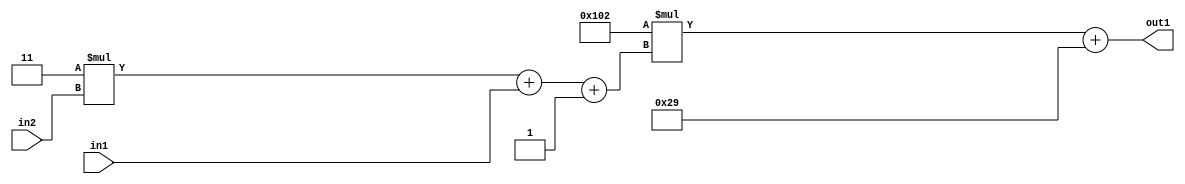
`timescale 1ps / 1ps
/*****************************************************************************
    Verilog RTL Description
    
    
    Created by: Stratus DpOpt 2019.1.01 
*******************************************************************************/

module DC_Filter_Add2i41Mul2i258Add3i1u1Mul2i3u2_4 (
	in2,
	in1,
	out1
	); /* architecture "behavioural" */ 
input [1:0] in2;
input  in1;
output [11:0] out1;
wire [11:0] asc001;
wire [3:0] asc002;

wire [3:0] asc002_tmp_0;
wire [3:0] asc002_tmp_1;
assign asc002_tmp_1 = 
	+(4'B0011 * in2);
assign asc002_tmp_0 = asc002_tmp_1
	+(in1);
assign asc002 = asc002_tmp_0
	+(4'B0001);

wire [11:0] asc001_tmp_2;
assign asc001_tmp_2 = 
	+(12'B000100000010 * asc002);
assign asc001 = asc001_tmp_2
	+(12'B000000101001);

assign out1 = asc001;
endmodule

/* CADENCE  vrP1SQk= : u9/ySgnWtBlWxVPRXgAZ4Og= ** DO NOT EDIT THIS LINE ******/